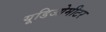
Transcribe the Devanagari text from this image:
यूडिओमीटर